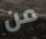
من